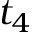
t _ { 4 }